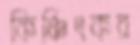
কিঞ্চিৎকর